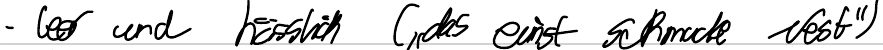
- leer und hässlich ("das einst schmucke Nest")